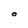
Character: O